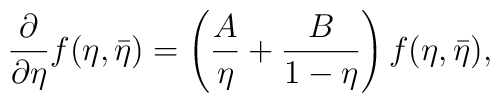
\frac{\partial}{\partial\eta}f(\eta,\bar{\eta})= \left( \frac{A}{\eta} +\frac{B}{1-\eta} \right) f(\eta,\bar{\eta}),